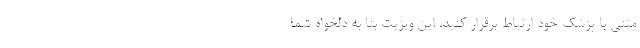
متنی با پزشک خود ارتباط برقرار کنید. این ویزیت بنا به دلخواه شما